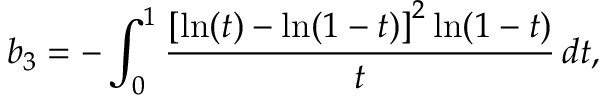
b _ { 3 } = - \int _ { 0 } ^ { 1 } \frac { \left[ \ln ( t ) - \ln ( 1 - t ) \right] ^ { 2 } \ln ( 1 - t ) } { t } \, d t ,